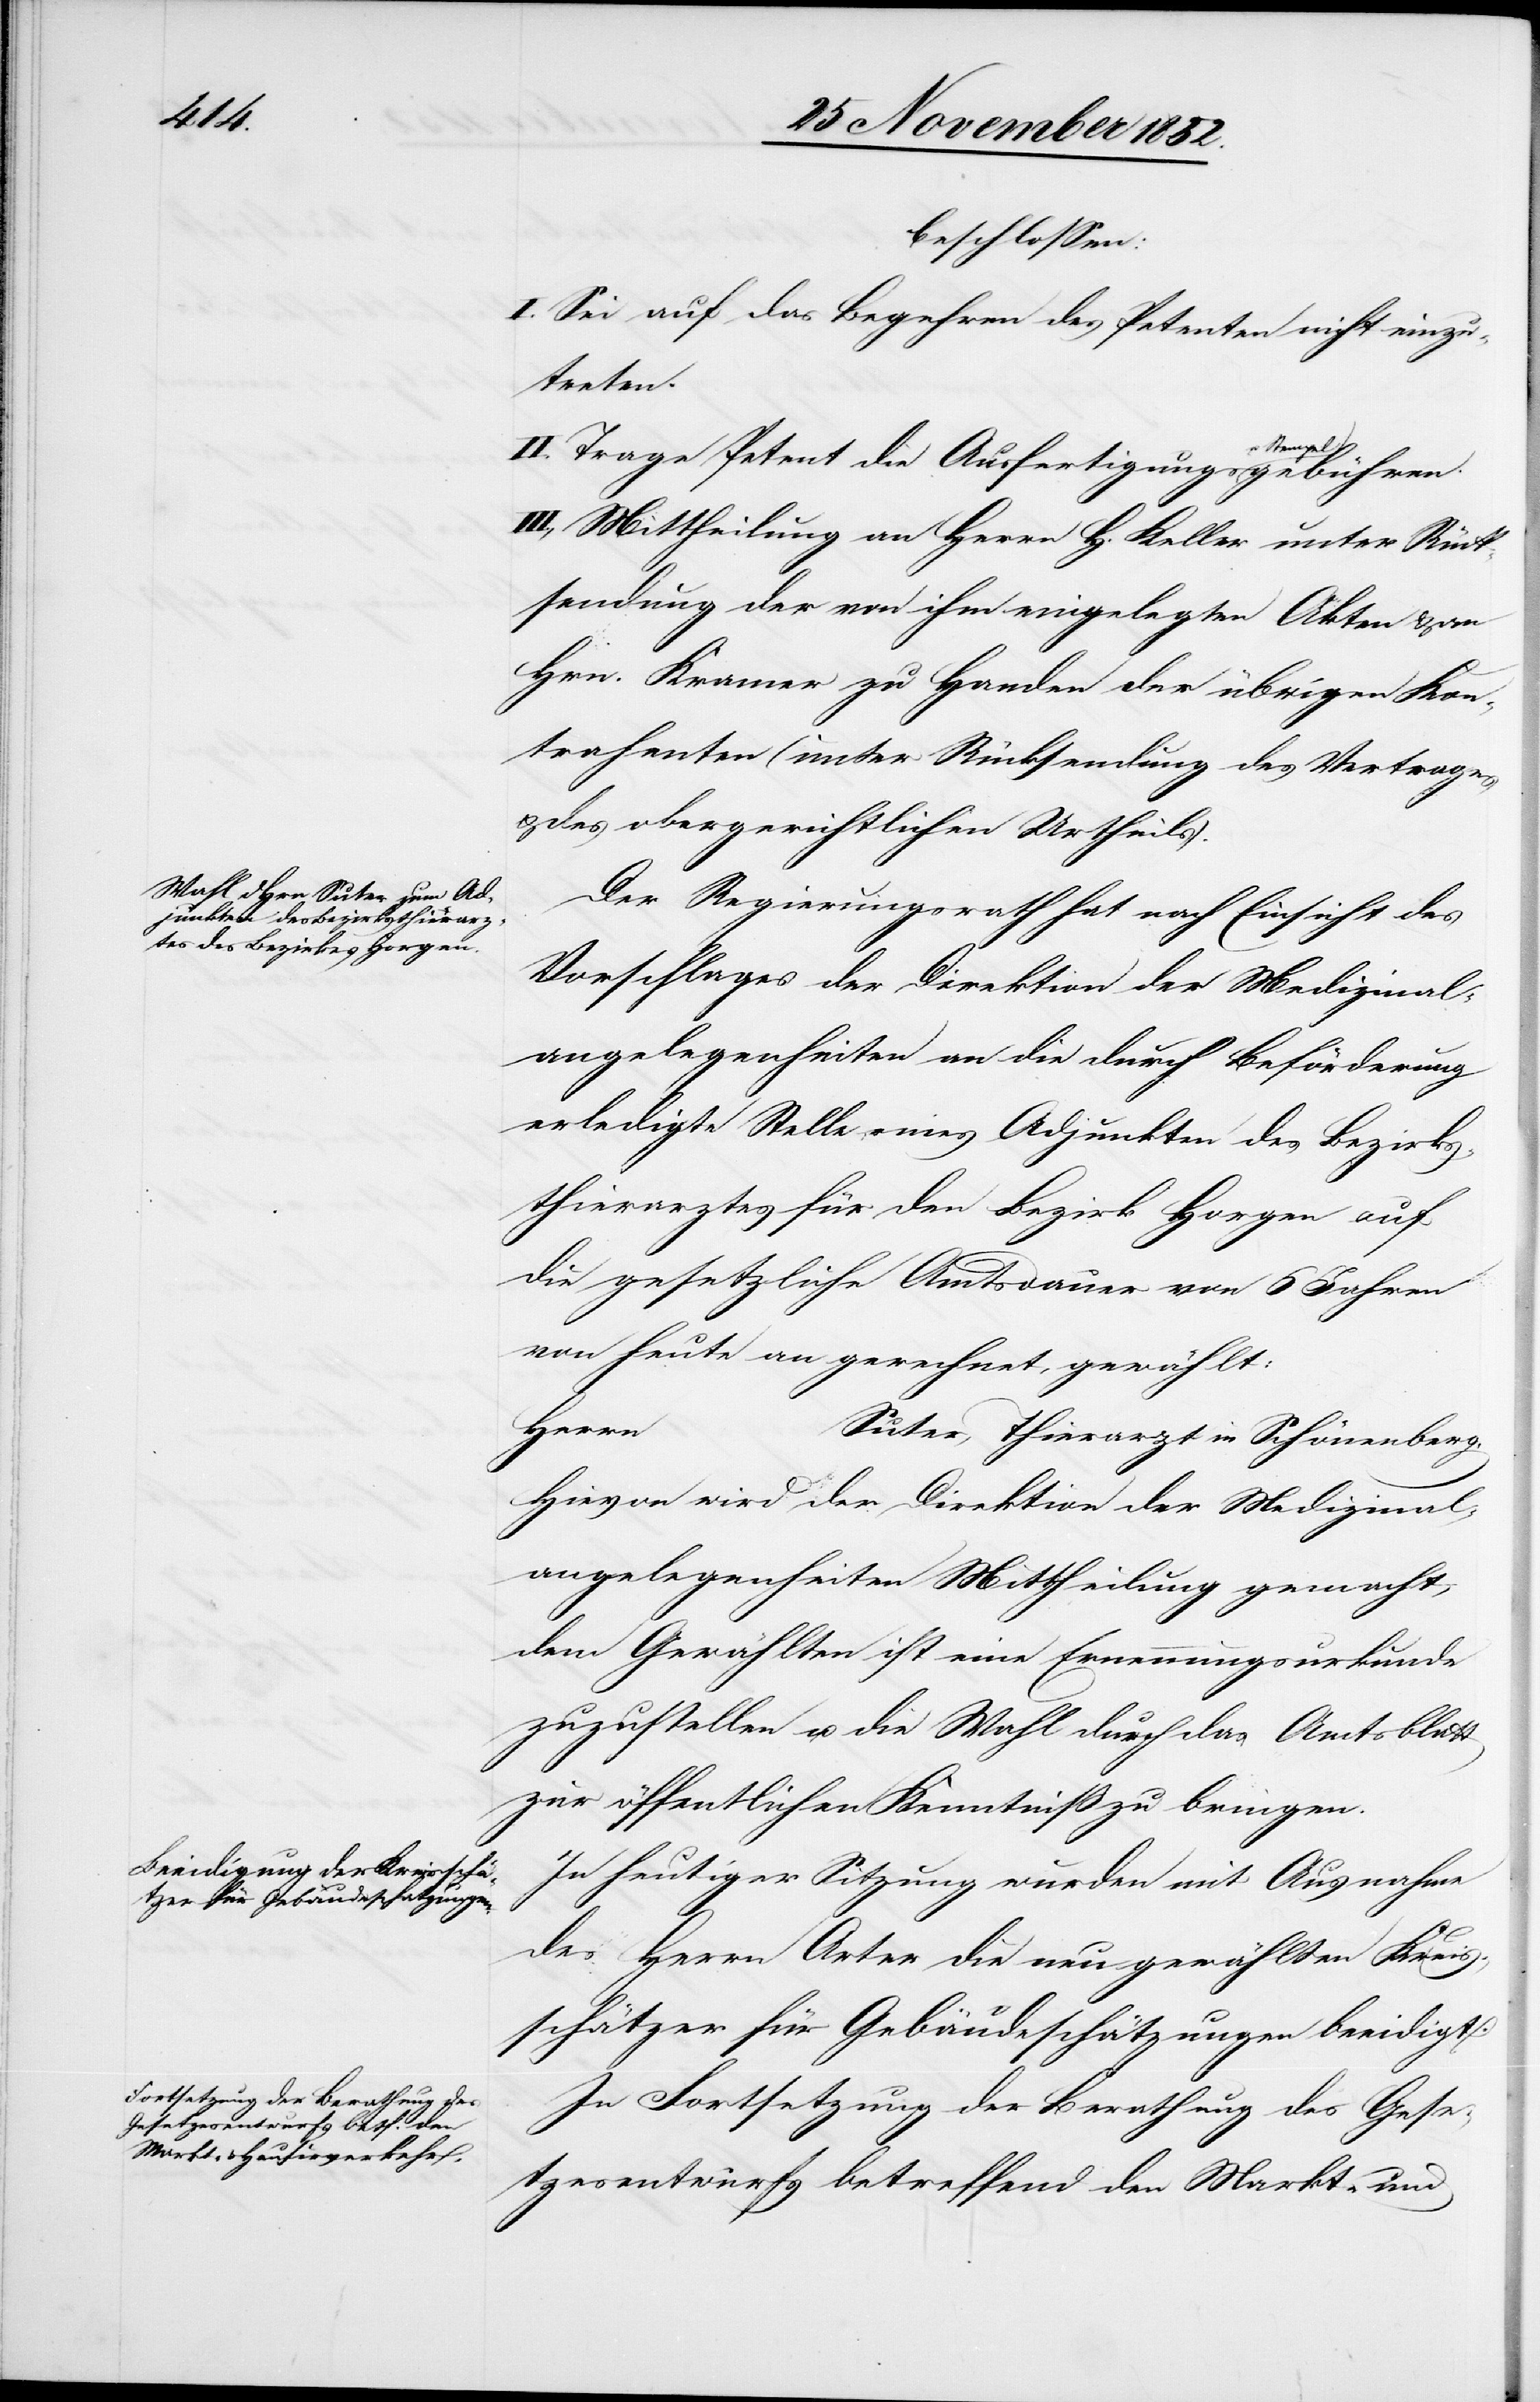
beschlossen:
I. Sei auf das Begehren des Petenten nicht einzu¬
treten.
II. Trage Petent die Ausfertigungs[-]
III., Mittheilung an Herrn H. Keller unter Rück¬
sendung der von ihm eingelegten Akten & an
Hrn. Kramer [sic!] zu Handen der übrigen Con¬
trahenten (unter Rücksendung des Vertrages
& des obergerichtlichen Urtheils).
Der Regierungsrath hat nach Einsicht des
Vorschlages der Direktion der Medizinal¬
angelegenheiten an die durch Beförderung
erledigte Stelle eines Adjunkten des Bezirks¬
thierarztes für den Bezirk Horgen auf
die gesetzliche Amtsdauer von 6 Jahren
von heute an gerechnet, gewählt:
Herrn
Suter, Thierarzt in Schönenberg.
Hievon wird der Direktion der Medizinal¬
angelegenheiten Mittheilung gemacht,
dem Gewählten ist eine Ernennungsurkunde
zuzustellen u. die Wahl durch das Amtsblatt
zur öffentlichen Kenntniß zu bringen.
In heutiger Sitzung wurden mit Ausnahme
des Herrn Arter die neu gewählten Kreis¬
schätzer für Gebäudeschätzungen beeidigt.
In Fortsetzung der Berathung des Gese¬
tzesentwurfs betreffend den Markt- und